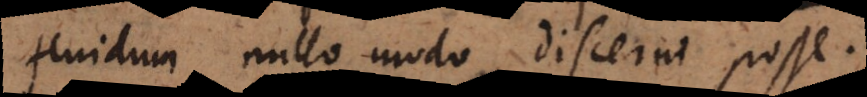
fluidum nullo modo discerni posse.